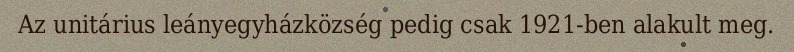
Az unitárius leányegyházközség pedig csak 1921-ben alakult meg.